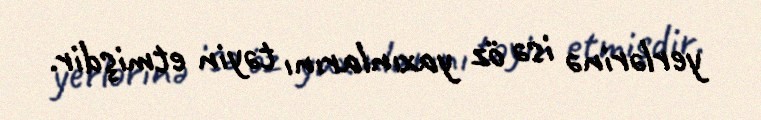
yerlərinə isə öz yaxınlarını təyin etmişdir.